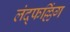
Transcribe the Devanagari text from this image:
लंद्फल्लिंग